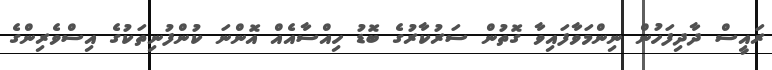
ރައީސް ދާދިފަހުން ނިންމަވާފައިވާ ގޮތުން ސަރުކާރުގެ ބޮޑު ހިއްސާއެއް އޮންނަ ކުންފުނިތަކުގެ އިސްވެރިންގެ